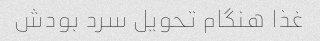
غذا هنگام تحویل سرد بودش